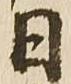
日